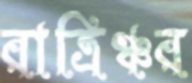
রাত্রিঞ্চর